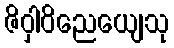
ဇိဝှါဝိညေယျေသု